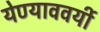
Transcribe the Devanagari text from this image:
येण्याववर्यी